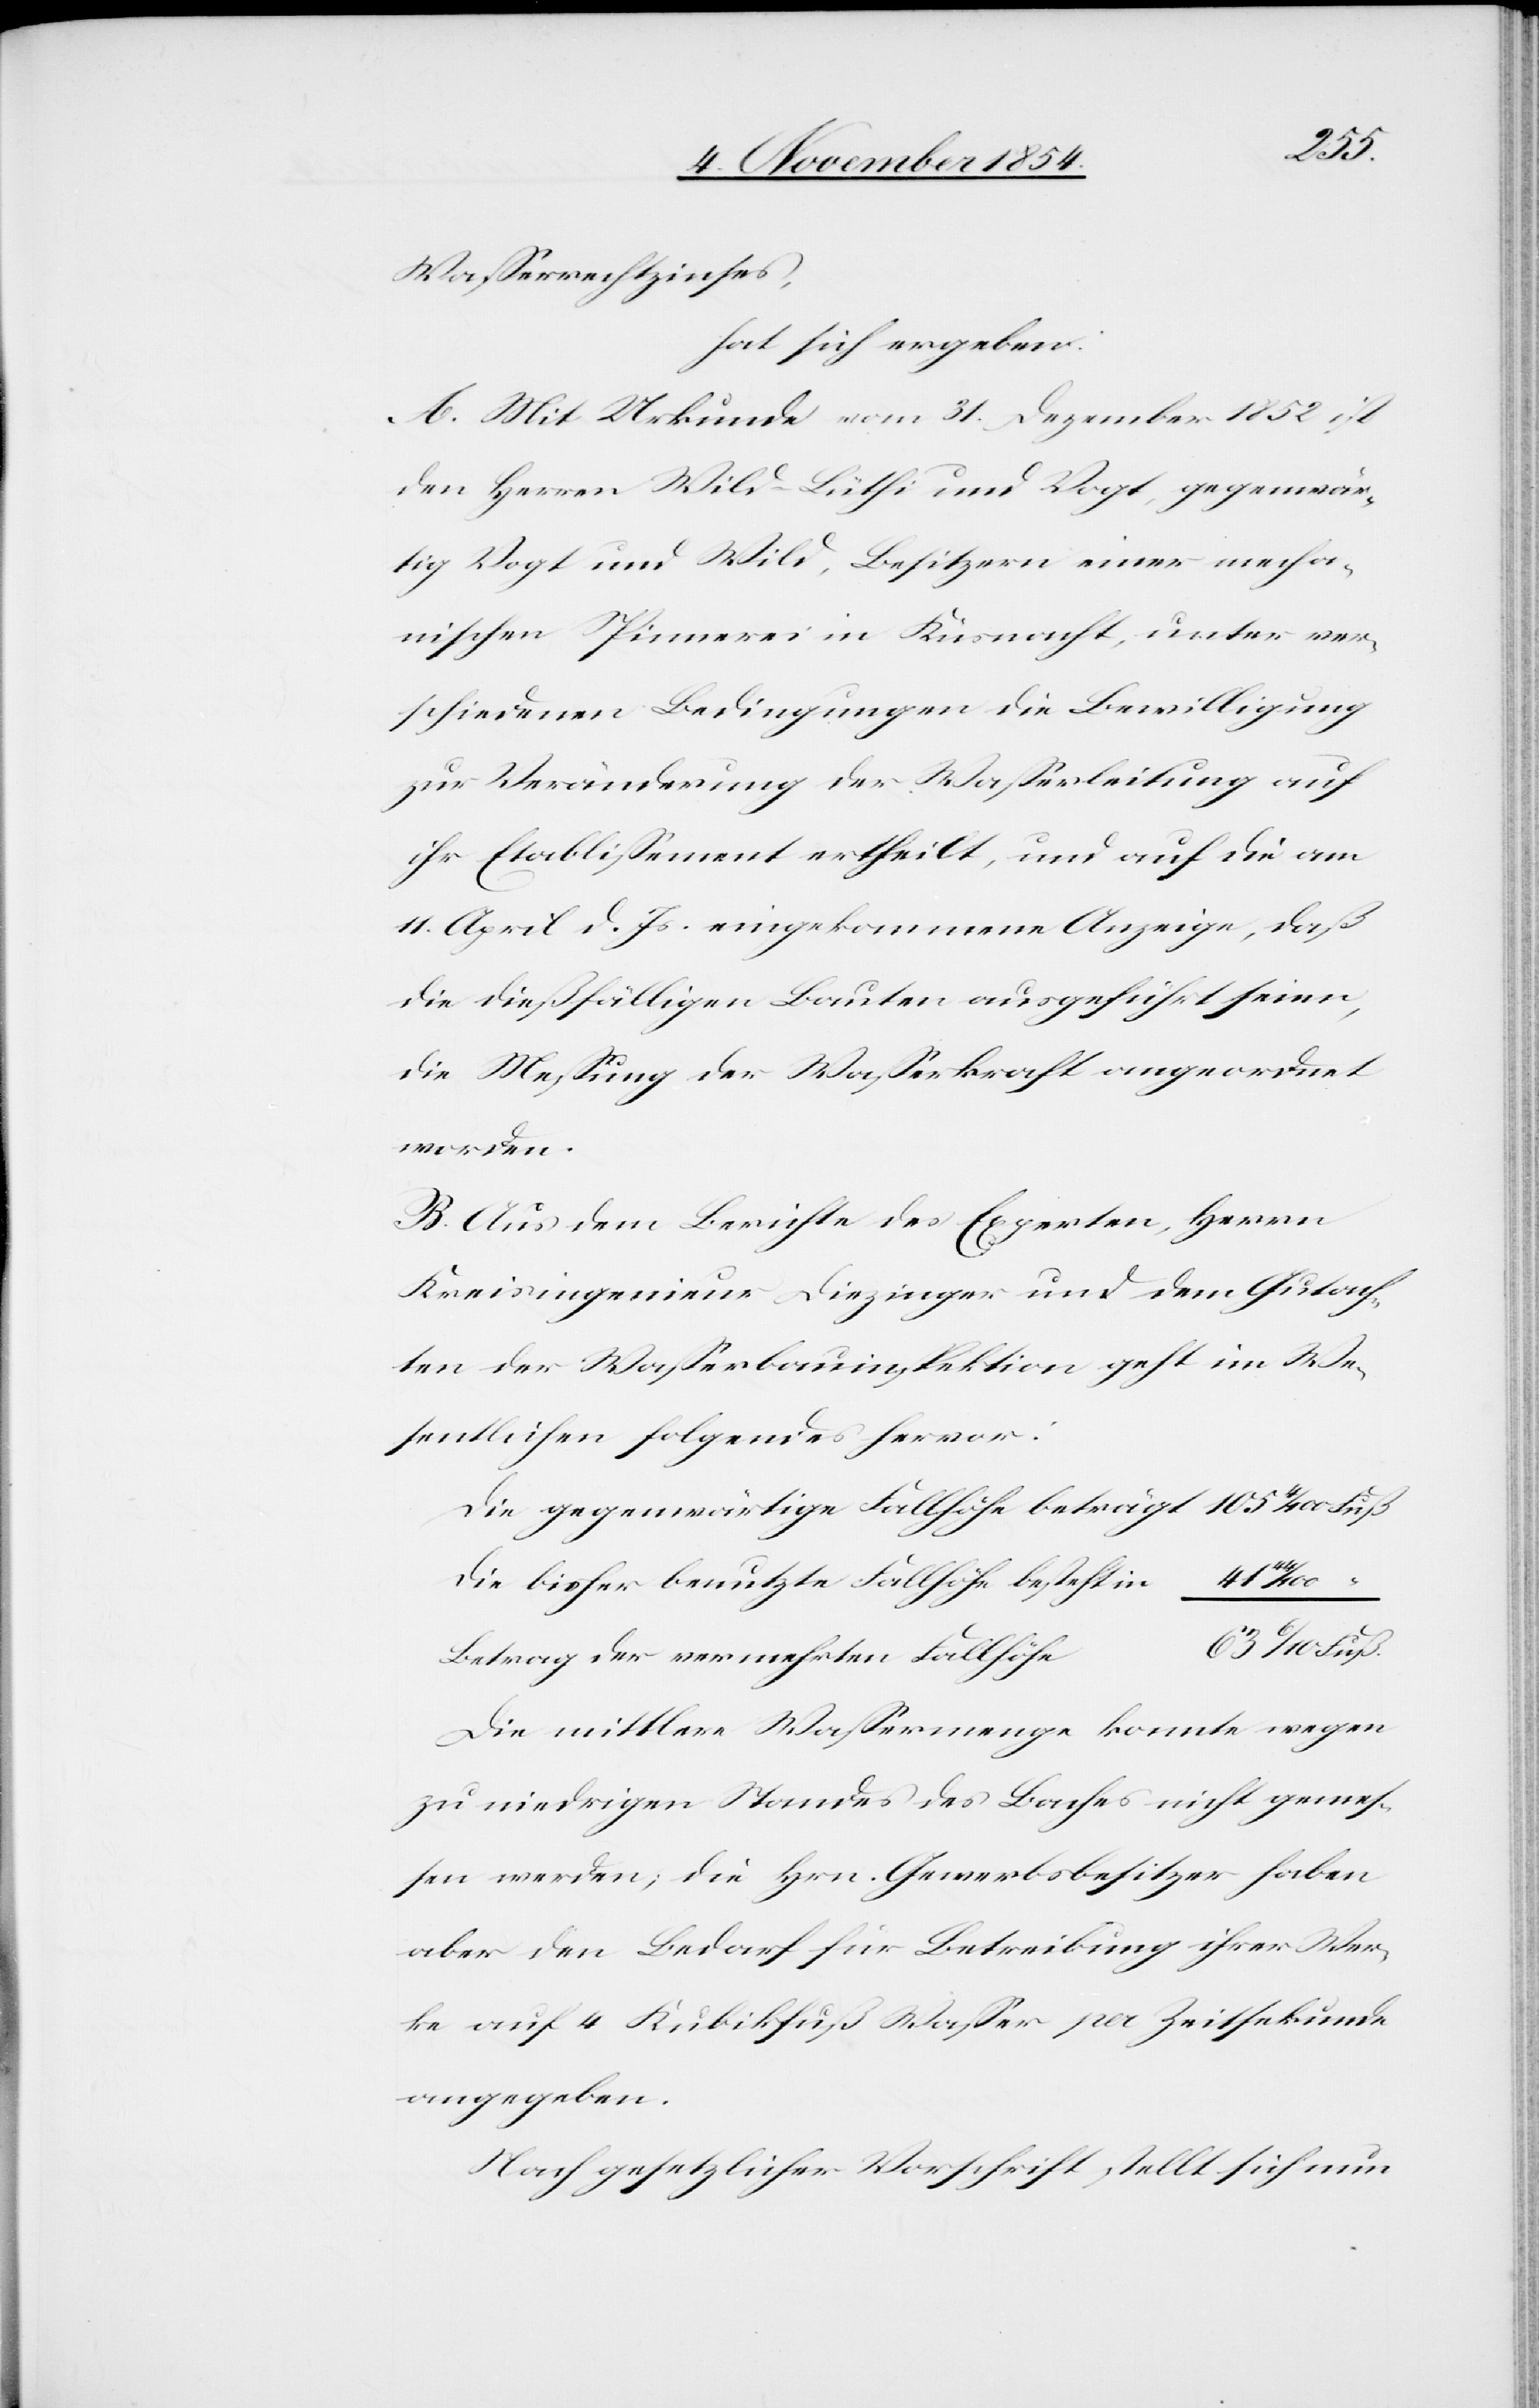
Fuß.
hat sich ergeben:
A. Mit Urkunde vom 31. Dezember 1852 ist
den Herren Wild-Lüthi und Vogt, gegenwär¬
tig Vogt und Wild, Besitzern einer mecha¬
nischen Spinnerei in Küsnacht [sic!], unter ver¬
schiedenen Bedingungen die Bewilligung
zur Veränderung der Waßerleitung auf
ihr Etablißement ertheilt, und auf die am
11. April d. Js. eingekommene Anzeige, daß
die dießfälligen Bauten ausgeführt seien,
die Meßung der Waßerkraft angeordnet
werden.
B. Aus dem Berichte des Experten, Herrn
Kreisingenieur Diezinger und dem Gutach¬
ter der Waßerbauinspektion geht im We¬
sentlichen folgendes hervor:
Die gegenwärtige Fallhöhe beträgt
Die bisher benutzte Fallhöhe besteht in
41
63
Betrag der vermehrten Fallhöhe
Die mittlere Waßermenge konnte wegen
zu niedrigen Standes des Baches nicht gemeß¬
en werden; die Hrn. Gewerbsbesitzer haben
aber den Bedarf für die Betreibung ihrer Wer¬
ke auf 4 Kubikfuß Waßer per Zeitsekunde
angegeben.
Nach gesetzlicher Vorschrift stellt sich nun